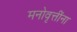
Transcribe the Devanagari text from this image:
मनोवृत्तींना